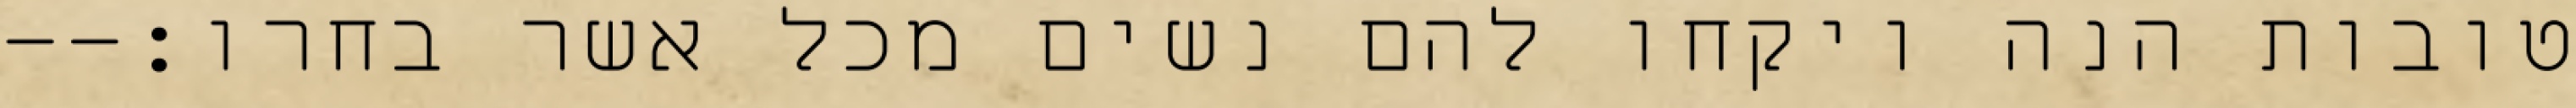
טובות הנה ויקחו להם נשים מכל אשר בחרו׃--